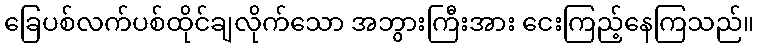
ခြေပစ်လက်ပစ်ထိုင်ချလိုက်သော အဘွားကြီးအား ငေးကြည့်နေကြသည်။